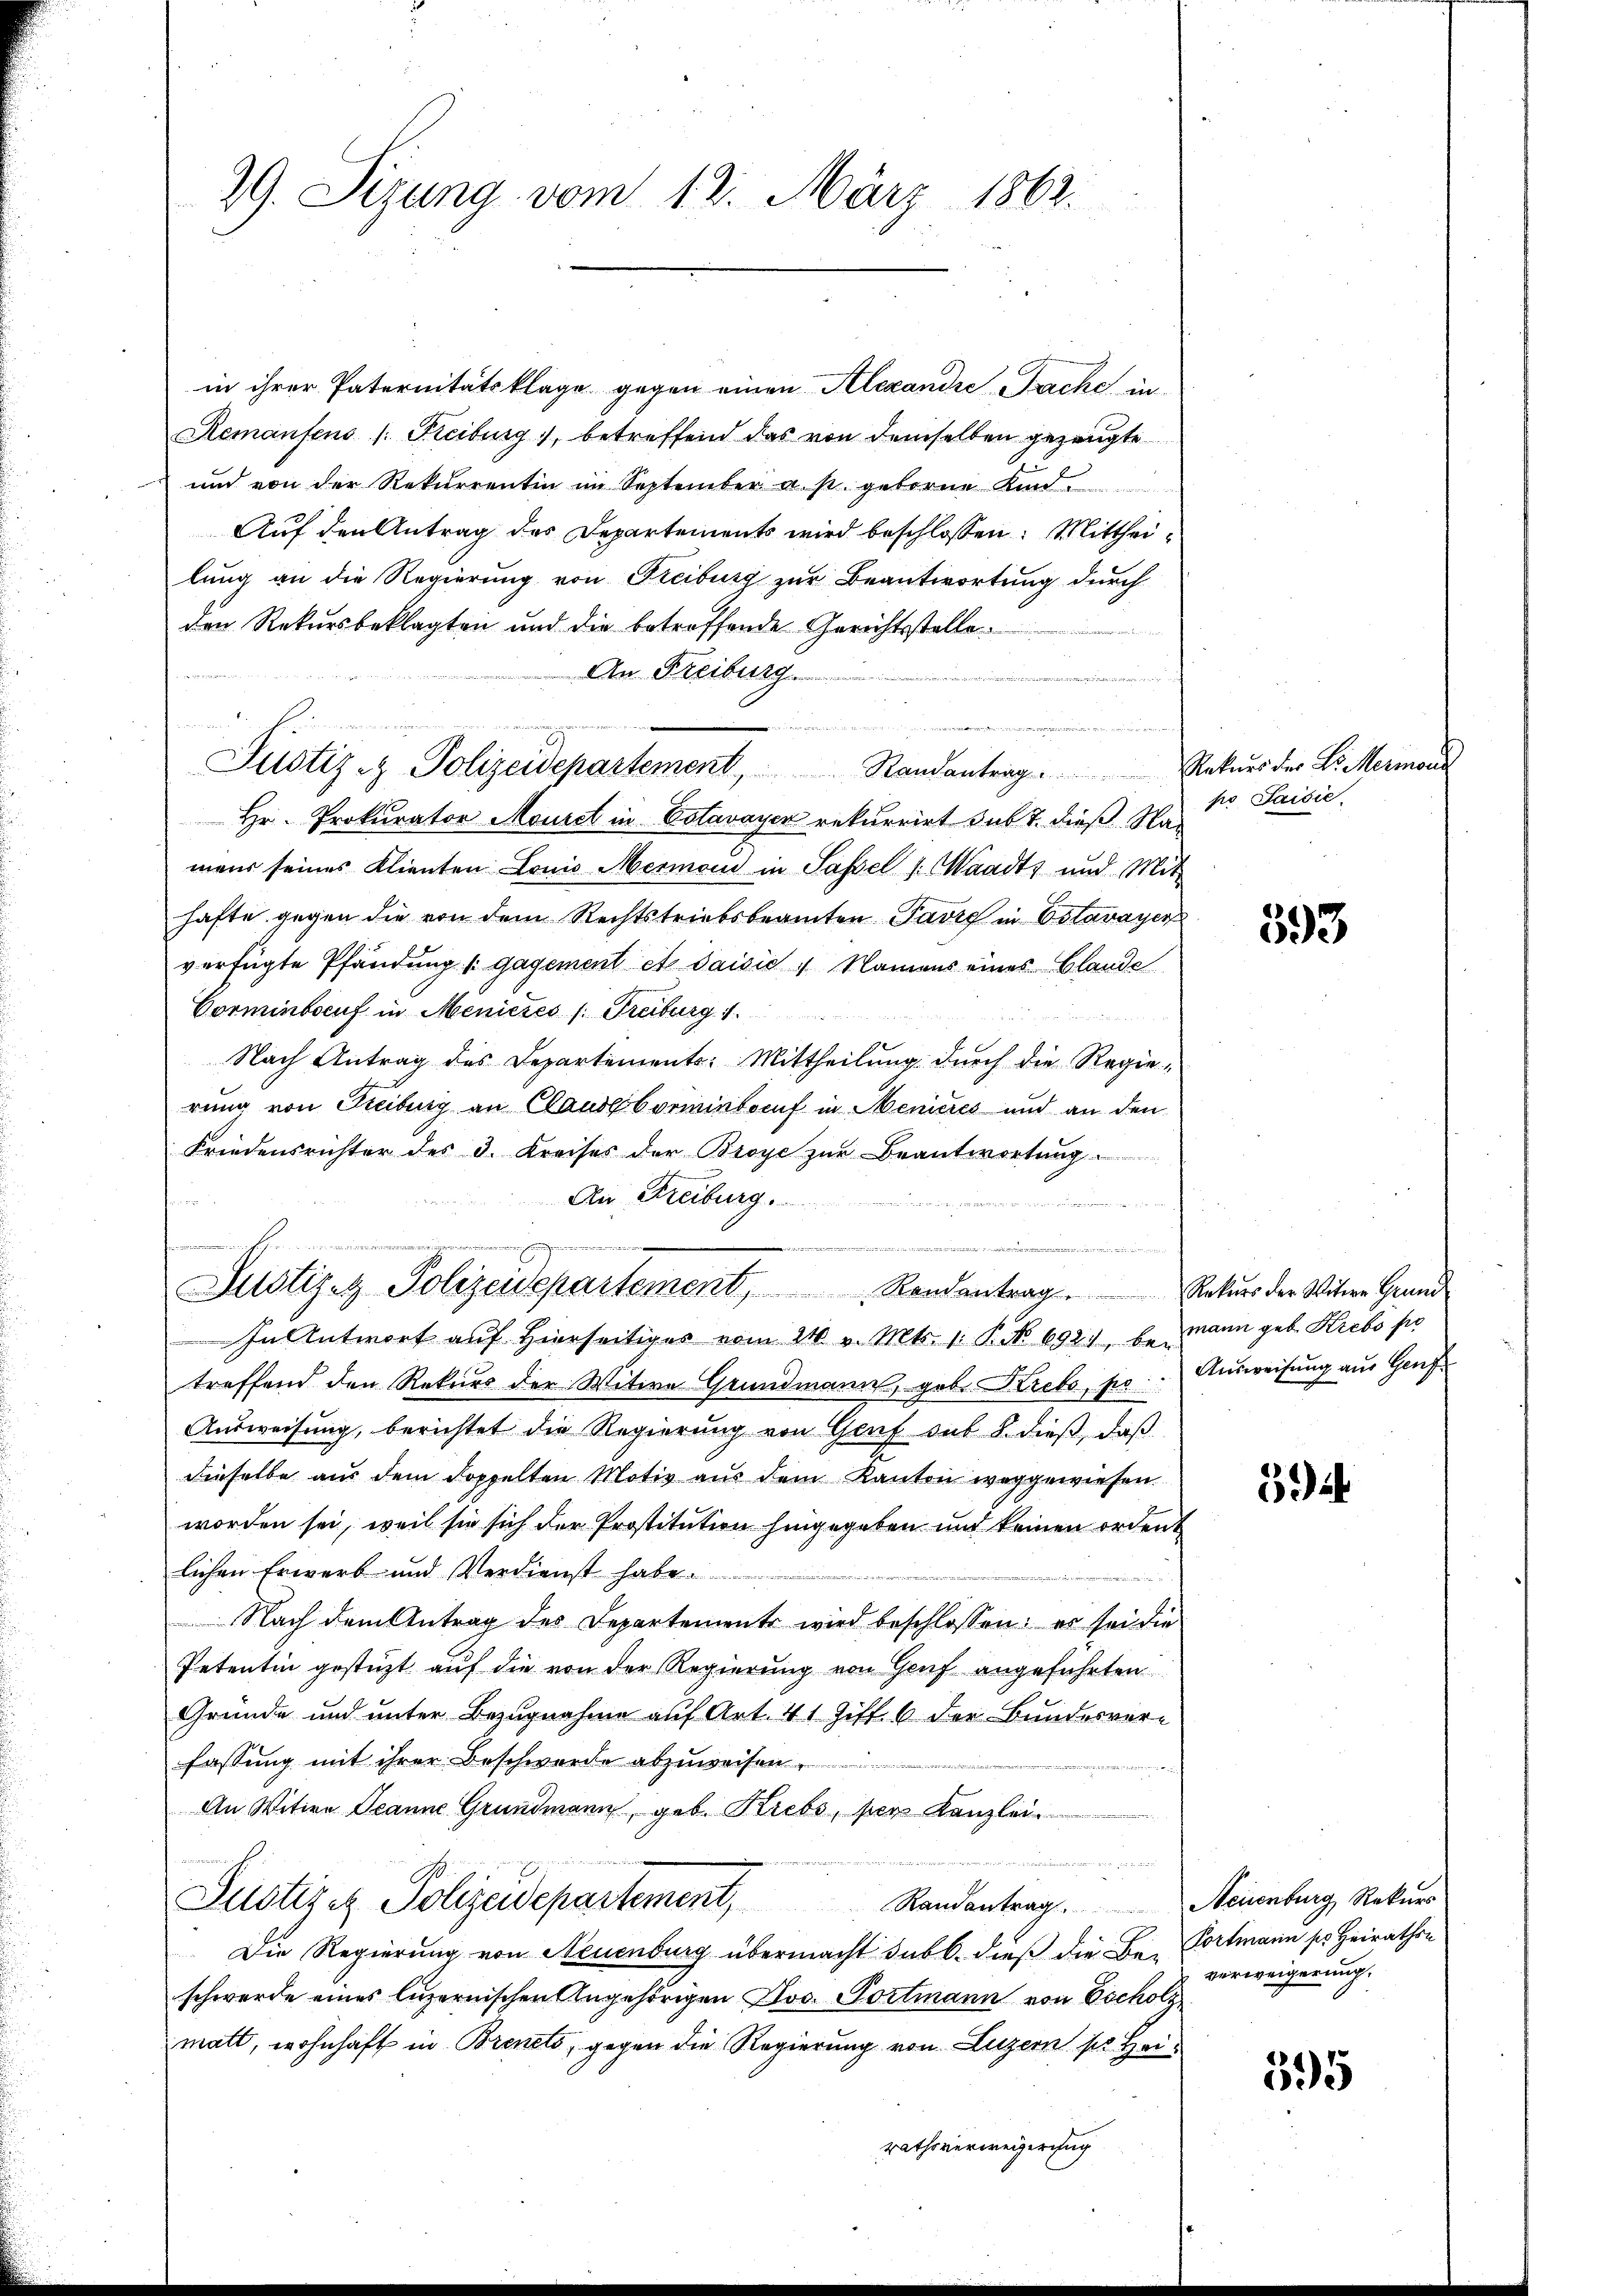
29. Sizung vom 12. März 1862.

in ihrer Paternitätsklage gegen einen Alexandre Fache, in
Remanfens (Freiburg, betreffend das von demselben gezeugte
und von der Rekurrentin im September a. p. geborne Kind
Auf den Antrag des Departements wird beschlossen: Mittheilung an die Regierung von Freiburg zur Beantwortung durch
den Rekursbeklagten und die betreffende Gerichtsstelle
An Freiburg.
aenderen der die
Justiz & Polizeidepartement Randantrag Rekurs der Dr. Mermorde
Hr. Prokurator Mousch in Estavayer rekurrirt sub 7. dieß Namans seines Klienten Louis Mermoni in Passel s. Waadt und Mit
hafte gegen die von dem Rechtstriebsbeamten Favre in Estavayer
verfügte Pfändung / gagement et saisis 4 Namens eines Blande
Corminbocuf in Meniczes /: Freiburg 1.

Nach Antrag des Departements: Mittheilung durch die Regie-
rung von Freiburg an Claude bormnintoruf in Menieres und an den
Friedensrichter des 3. Kreises der Broye zur Beantwortung
An Freiburg.

x

Justizenz Polizeidepartement Randantrag. Natur der Witter Grund
In Antwort auf hierseitiges vom 210 v. Mts. 1. P. No 692, bemann geb. Krebs pr
treffend den Rekurs der Witwe Grundmann, geb. Krebs, pr
Ausweisung, berichtet die Regierung von Genf sub 8. dieß, daß
dieselbe aus dem doppelten Motiv aus dem Kanton weggewiesen.
worden sei, weil sie sich der Prostitution hingegeben und keinen ordent
lichen Erwerb und Verdienst habe.
Nach dem Antrag des Departements wird beschlossen: es sei die
Petentin gestützt auf die von der Regierung von Gruf angeführten
Gründe und unter Bezugnahme auf Art. 41 Ziff. 6 der Bundesvere
fassung mit ihrer Beschwerde abzuweisen.
An Witwe Jeanne Grundmann, geb. Krebs, per Kanzlei
n
Justiz & Polizeidepartement,
Randantrag. Neuenburg Rekurs
Die Regierung von Neuenburg übermacht dabl. dieß die Be-Portmann so Heirathen
schwerde eines luzernischen Angehörigen Jos. Portmann von Escholz
matt, wohnhaft in Brinets, gegen die Regierung von Luzern so Heirathsverweigerung

.

po Saisie

593

Ausweisung aus Genf

39

verweigerung.

595